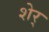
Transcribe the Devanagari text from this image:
शेर्